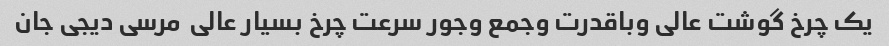
یک چرخ گوشت عالی وباقدرت وجمع وجور سرعت چرخ بسیار عالی  مرسی دیجی جان